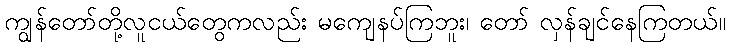
ကျွန်တော်တို့လူငယ်တွေကလည်း မကျေနပ်ကြဘူး၊ တော် လှန်ချင်နေကြတယ်။